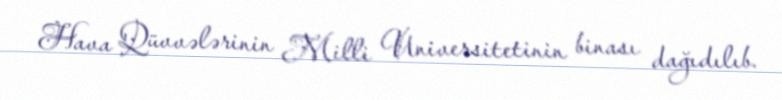
Hava Qüvvələrinin Milli Universitetinin binası dağıdılıb.